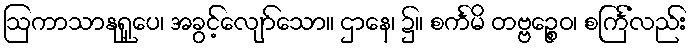
ဩကာသာနုရူပေ၊ အခွင့်လျော်သော။ ဌာနေ၊ ၌။ စင်္ကမိ တဗ္ဗဉ္စေဝ၊ စင်္ကြံလည်း